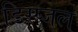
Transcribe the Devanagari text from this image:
डिस्प्जल